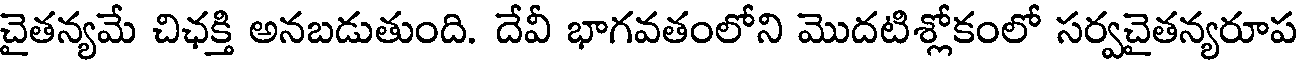
చైతన్యమే చిఛక్తి అనబడుతుంది. దేవీ భాగవతంలోని మొదటిశ్లోకంలో సర్వచైతన్యరూప